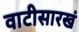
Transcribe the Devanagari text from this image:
वाटीसारखं